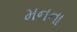
મનના